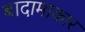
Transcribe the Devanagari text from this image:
बादामाकार